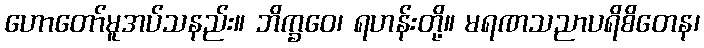
ဟောတော်မူအပ်သနည်း။ ဘိက္ခဝေ၊ ရဟန်းတို့။ မရဏသညာပရိစိတေန၊